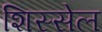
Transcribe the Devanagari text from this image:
शिस्सेल